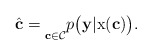
\begin{align*} \hat{\mathbf{c}} = \underset{\mathbf{c}\in\mathcal{C}}{} p\big(\mathbf{y}|\textup{x}(\mathbf{c})\big).\end{align*}